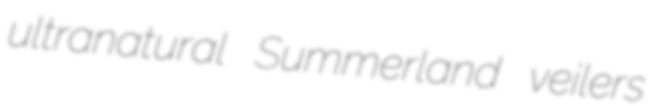
ultranatural Summerland veilers